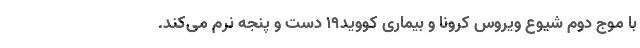
با موج دوم شیوع ویروس کرونا و بیماری کووید۱۹ دست و پنجه نرم می‌کند.